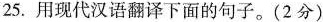
25.用现代汉语翻译下面的句子。(2分）